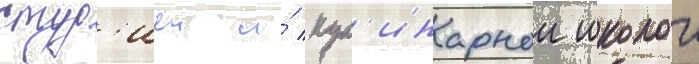
студ'иеи и́ кул'инарнои школои